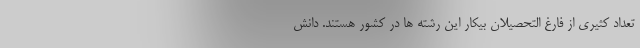
تعداد کثیری از فارغ التحصیلان بیکار این رشته ها در کشور هستند. دانش